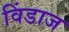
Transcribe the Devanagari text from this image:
विंडाज